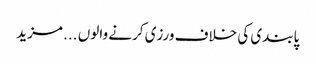
پابندی کی خلاف ورزی کرنے والوں ... مزید